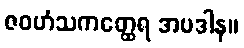
ဇဝဟံသကတ္ထေရ အပဒါန။